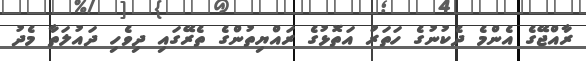
ރާއްޖޭގެ އެންމެ ދެކުނުގެ ހަތަރު އަތޮޅުގެ ރައްޔިތުންގެ ތެރޭގައި ދިވެހި ދައުލަތާ މެދު